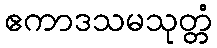
ဧကာဒသမသုတ္တံ